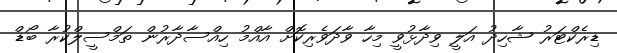
ޑިރެކްޓަރު ޝާހިދު އަލީ ވިދާޅުވީ މިހާ ވާދަވެރިކޮށް އާއްމު ހިއްސާދާރުން ތަމްސީލްކުރާ ބޯޑް